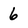
Character: 6